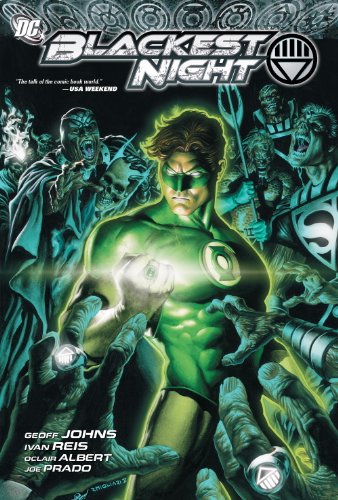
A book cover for Blackest Night; Geoff Johns; Comics & Graphic Novels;